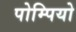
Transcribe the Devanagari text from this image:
पोम्पियो